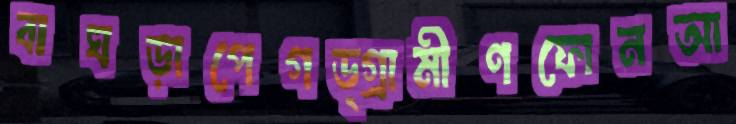
বাঘড়াপেগড্গ্রামীণফোনআ